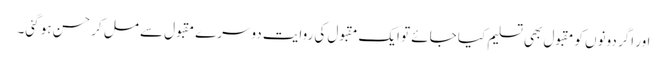
اور اگر دونوں کو مقبول بھی تسلیم کیا جائے تو ایک مقبول کی روایت دوسرے مقبول سے مل کر حسن ہو گئی۔